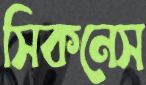
সিকনেস